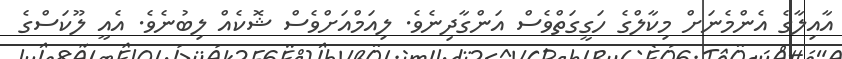
އާއިލާގެ އެންމެނަށް މިކާލްގެ ހަގީގަތްވެސް އަންގާދިނެވެ. ލިއަމްއަށްވެސް ޝޮކެއް ލިބުނެވެ. އެއީ ލޫކަސްގެ